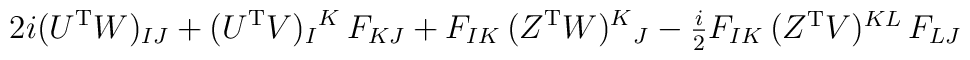
2i (U^{\rm T} W)_{IJ} + (U^{\rm T}V)_I{}^K\, F_{KJ} +F_{IK}\,(Z^{\rm T} W)^K{}_J -\textstyle{\frac{i}{2}}F_{IK}\,(Z^{\rm T}V)^{KL}\,F_{LJ}